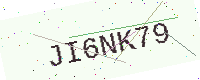
Text: JI6NK79